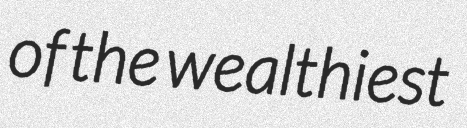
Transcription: of the wealthiest